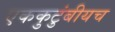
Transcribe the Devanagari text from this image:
एककुटुंबीयच